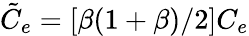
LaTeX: \tilde{C}_{e}=\left[\beta(1+\beta)/2\right]C_{e}